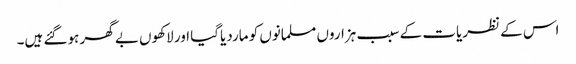
اس کے نظریات کے سبب ہزاروں مسلمانوں کو ماردیاگیا اور لاکھوں بے گھر ہوگئے ہیں۔